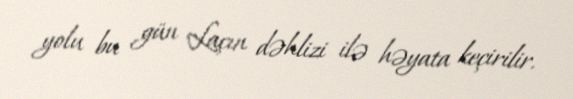
yolu bu gün Laçın dəhlizi ilə həyata keçirilir.